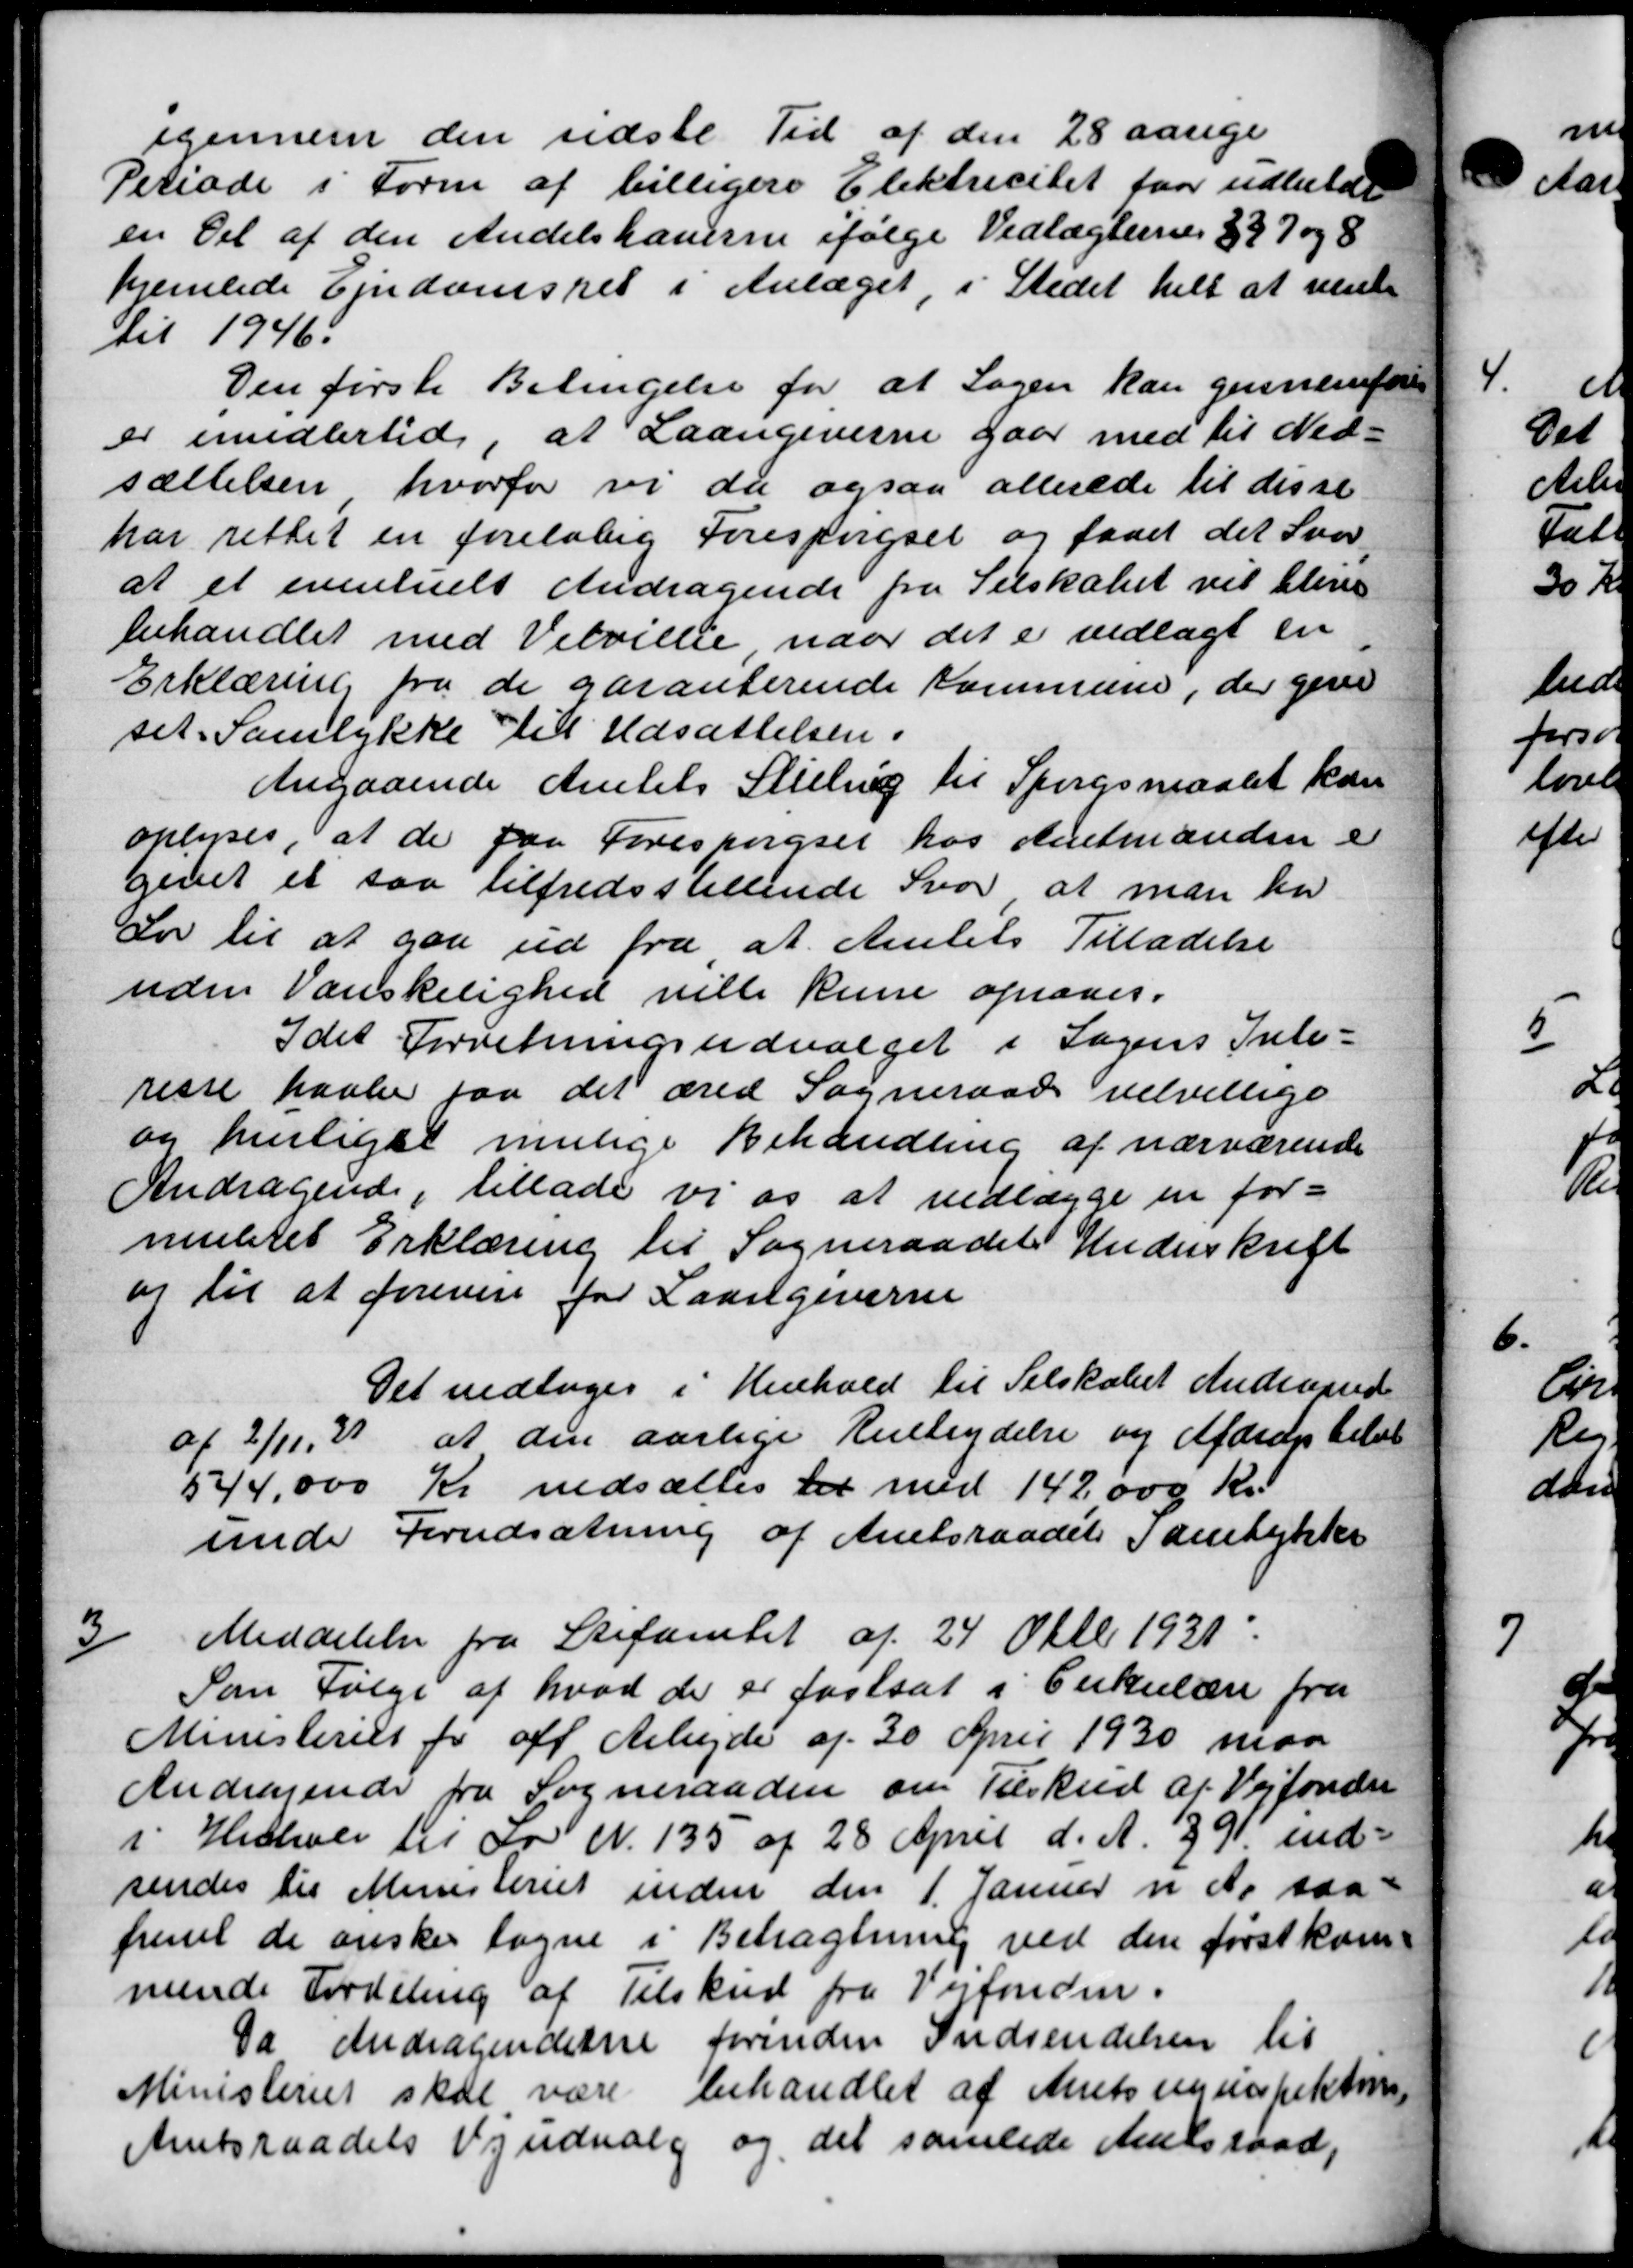
Transskription:
igennem den sidste Tid af den 28 aarige
Periode i Form af billigere Elektricitet faar udbetal
en Del af den Andelshaverne ifølge Vedtægterne 337 og 8
hjemlede Ejendomsret i Anlæget, i Stedet helt at venl
til 1946.
Den første Betingelse for at Sagen kan gennemfører
er imidlertid, at Laangiverne gaar med til Ned-
sættelsen hvorfor vi da ogsaa allerede til disse
har rettet en foreløbig Forespørgsel og faaet det Svar
at et eventuelt Andragende fra Selskabet vil blive
behandlet med Velvillie naar det er vedlagt en
Erklæring fra de garanterende Kommune, der give
set. Samtykke til Udsættelsen.
Angaaende Amtets Stilling til Spørgsmaalet ka
oplyses, at de paa Forespørgsel hos Amtmanden i
givet et saa tilfredsstillende Svar at man har
Lov til at gaa ud fra at Amtets Tilladelse
uden Vanskelighed ville kun opraves.
Idet Forretningsudvalget i Sagens Inte-
risse havde faa det æred Sogneraad velvillige
og henligst mulige Behandling af nærværende
Andragende, tillade vi os at vedlægge en for=
menteret Erklæring til Sogneraadet Underskrift
og til at forevise for Laangiverne
Det vedtoges i Henhold til Selskabet Andragend
af 2/11, 29 at den aarlige Renteydelse og Afdrag til
544.000 Kr nedsættes til med 142000 Kr.
unde Forudsætning af Amtsraadets Samtykke

Meddelelse fra Stifamlet af 24 Oktb 1931.
Som Følge af hvad de er fastsat i Cirkulære fra
Ministeriet for off Arbejde af 30 April 1930 maa
Andragende fra Sogneraaden om Tilskud af Vejfonde
i Henhold til Lov N. 135 af 28 April d. A. 391 ind-
sendes til Ministeriet inden den 1. Januar i de saa-
fremt de ønsker tagne i Betragtning ved den førstkom
mende Fordeling af Tilskud fra Vejfonden.
Da Andragenderne forinden Indsendelsen til
Ministeriet skal være behandlet af Amtsuninspektor
Amtsraadets Vejudvalg og det samlede Amtsraad,